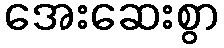
အေးဆေးစွာ